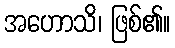
အဟောသိ၊ ဖြစ်၏။